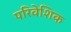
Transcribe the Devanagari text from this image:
परिवेशिक